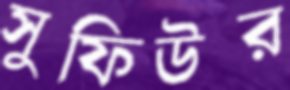
সুফিউর